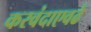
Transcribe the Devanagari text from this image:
करवंदाएवढे